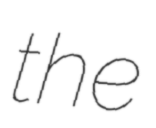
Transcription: the